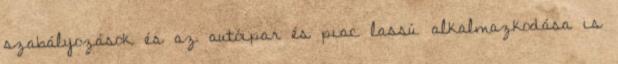
szabályozások és az autóipar és piac lassú alkalmazkodása is